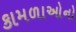
કામળાઓનો